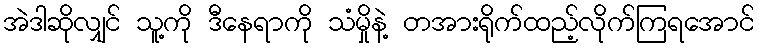
အဲဒါဆိုလျှင် သူ့ကို ဒီနေရာကို သံမှိုနဲ့ တအားရိုက်ထည့်လိုက်ကြရအောင်